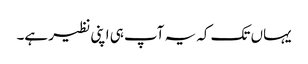
یہاں تک کہ یہ آپ ہی اپنی نظیر ہے۔